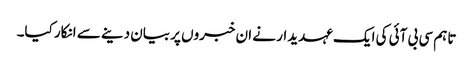
تاہم سی بی آئی کی ایک عہدیدار نے ان خبروں پر بیان دینے سے انکار کیا۔